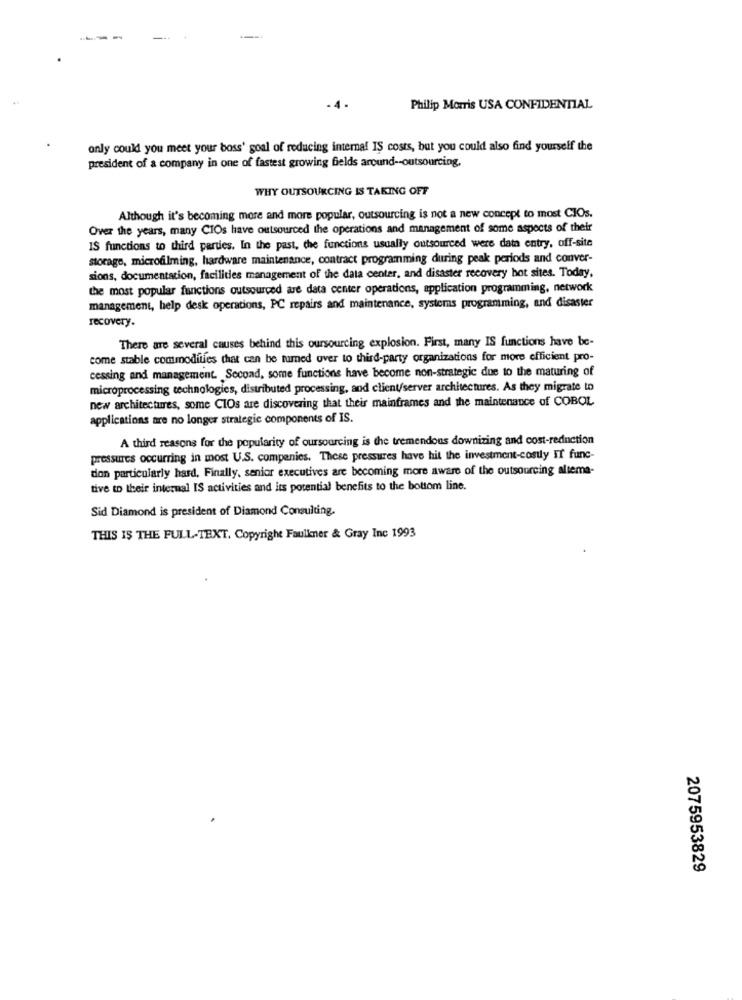
-4.
Philip Morris USA CONFIDENTIAL
only could you meet your boss' goal of reducing internal IS costs, but you could also find yourself the
president of a company in one of fastest growing fields around -- outsourcing,
WHY OUTSOURCING IS TAKING OFF
Although it's becoming more and more popular, outsourcing is not a new concept to most CIOs.
Over the years, many CIOs have outsourced the operations and management of some aspects of their
IS functions to third parties. In the past, the functions usually outsourced were data entry, off-site
storage, microfilming, hardware maintenance, contract programming during peak periods and conver-
sions, documentation, facilities management of the data center, and disaster recovery hot sites. Today,
the most popular functions outsourced are data center operations, application programming, network
management, help desk operations, PC repairs and maintenance, systems programming, and disaster
recovery.
There are several causes behind this oursourcing explosion. First, many IS functions have be-
come stable commodities that can be turned over to third-party organizations for more efficient pro-
cessing and management. Second, some functions have become non-strategic due to the maturing of
microprocessing technologies, distributed processing, and client/server architec tures. As they migrate to
new architectures, some CIOs are discovering that their mainframes and the maintenance of COBOL
applications are no longer strategic components of IS.
A third reasons for the popularity of oursourcing is the tremendous downizing and cost-reduction
pressures occurring in most U.S. companies. These pressures have hit the investment-costly IT func-
don particularly hard, Finally, senior executives are becoming more aware of the outsourcing altema-
tive to their internal IS activities and its potential benefits to the bottom line.
Sid Diamond is president of Diamond Consulting.
THIS IS THE FULL-TEXT. Copyright Faulkner & Gray Inc 1993
2075953829